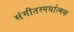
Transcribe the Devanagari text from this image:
संगीतस्पर्धात्मक